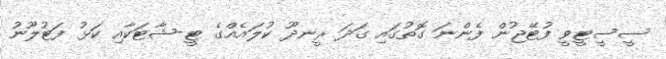
ސީސީޓީވީ ފުޓޭޖުން ފެންނަ ގޮތުގައި ގަދަ ރީނދޫ ކުލައެއްގެ ޓީ-ޝާޓަކާއި ކަޅު ފަޓުލޫނު